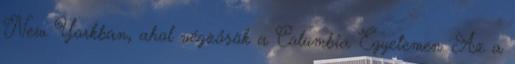
New Yorkban, ahol végzősök a Columbia Egyetemen. Az a